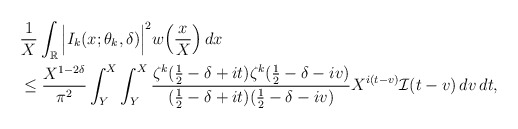
\begin{align*} &\frac{1}{X}\int_{\mathbb R} \Big|I_{k}(x;\theta_k, \delta)\Big|^2 w\Big( \frac{x}{X}\Big) \, dx \\&\le\frac{X^{1-2\delta}}{\pi^2}\int_Y^X \int_Y^X \frac{\zeta^k(\tfrac12-\delta+it)\zeta^k(\tfrac12-\delta-iv)}{(\tfrac12-\delta+it)(\tfrac12-\delta-iv)}X^{i(t-v)} \mathcal I(t-v) \, dv \, dt,\end{align*}